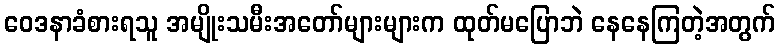
ဝေဒနာခံစားရသူ အမျိုးသမီးအတော်များများက ထုတ်မပြောဘဲ နေနေကြတဲ့အတွက်